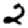
Digit: 2